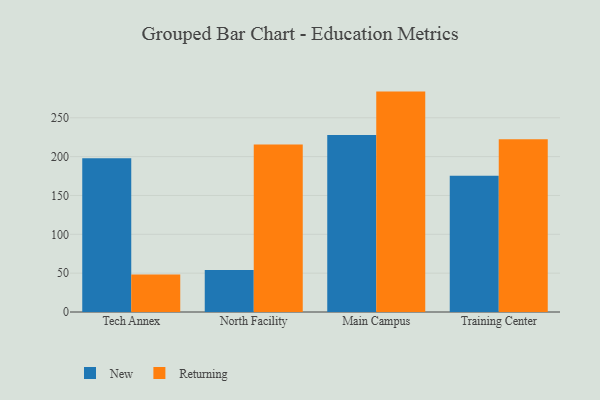
{"axis": {"x": "Campus", "y": "Waste Production (Tons)"}, "legend": ["New", "Returning"], "data": [{"x": "Tech Annex", "y": 197.9, "type": "New"}, {"x": "Tech Annex", "y": 48.2, "type": "Returning"}, {"x": "North Facility", "y": 54.0, "type": "New"}, {"x": "North Facility", "y": 215.5, "type": "Returning"}, {"x": "Main Campus", "y": 227.9, "type": "New"}, {"x": "Main Campus", "y": 283.7, "type": "Returning"}, {"x": "Training Center", "y": 175.3, "type": "New"}, {"x": "Training Center", "y": 222.5, "type": "Returning"}]}